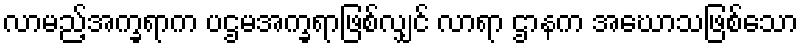
လာမည့်အက္ခရာက ပဌမအက္ခရာဖြစ်လျှင် လာရာ ဌာနက အဃောသဖြစ်သော